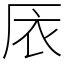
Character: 㕈